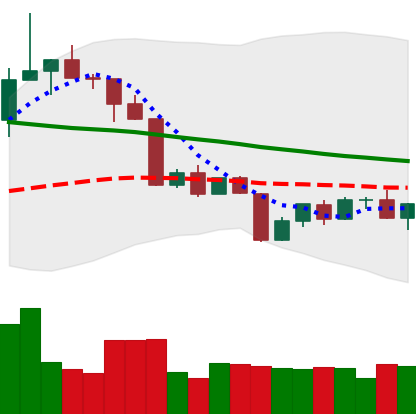
Ticker: TRX-USD
Chart end date: 2022-04-18
Forward return: 9.894%
Label: up_7plus